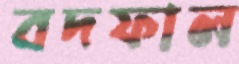
বদফাল